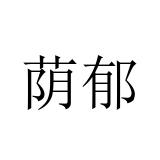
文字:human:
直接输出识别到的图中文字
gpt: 荫郁